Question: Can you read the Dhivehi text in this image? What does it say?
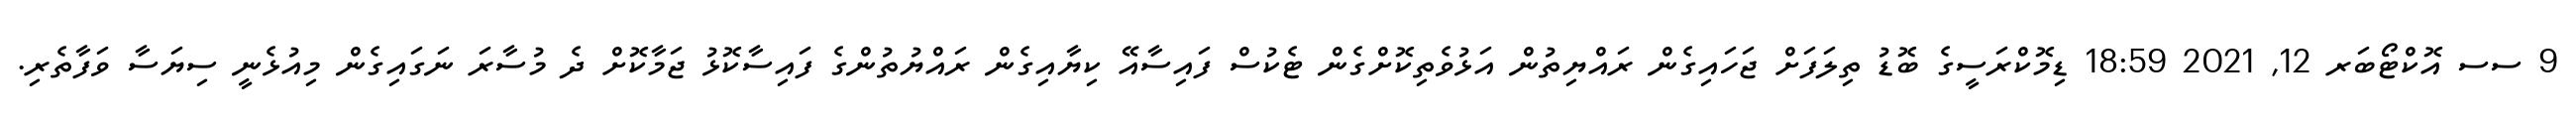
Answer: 9 ސސ އޮކްޓޯބަރ 12, 2021 18:59 ޑިމޮކްރަސީގެ ބޮޑު ތިލަފަށް ޖަހައިގެން ރައްޔިތުން އަޅުވެތިކޮށްގެން ޓެކުސް ފައިސާއޭ ކިޔާއިގެން ރައްޔުތުންގެ ފައިސާކޮޅު ޖަމާކޮށް ދެ މުސާރަ ނަގައިގެން މިއުޅެނީ ސިޔަސާ ވަފާތެރި.